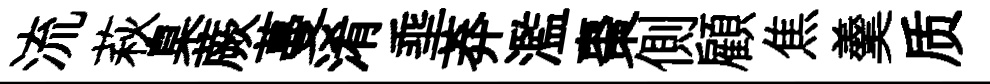
流萩臬蕨蔓淆埀莽濫棗側顧焦羹质